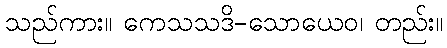
သည်ကား။ ကေသသဒိ-သောယေဝ၊ တည်း။